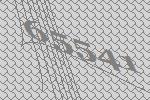
65541